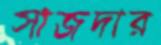
সাজদার